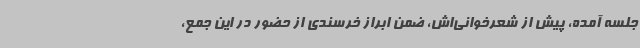
جلسه آمده، پیش از شعرخوانی‌اش، ضمن ابراز خرسندی از حضور در این جمع،